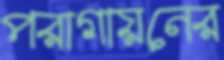
পরাগায়নের